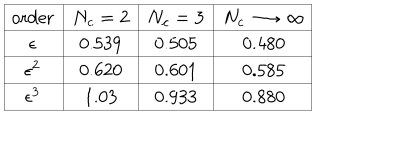
LaTeX: \begin{array} { | c | c | c | c | } \hline { { \mathrm { o r d e r } } } & { { N _ { c } = 2 } } & { { N _ { c } = 3 } } & { { N _ { c } \longrightarrow \infty } } \\ \hline { { \epsilon } } & { { 0 . 5 3 9 } } & { { 0 . 5 0 5 } } & { { 0 . 4 8 0 } } \\ \hline { { \epsilon ^ { 2 } } } & { { 0 . 6 2 0 } } & { { 0 . 6 0 1 } } & { { 0 . 5 8 5 } } \\ \hline { { \epsilon ^ { 3 } } } & { { 1 . 0 3 } } & { { 0 . 9 3 3 } } & { { 0 . 8 8 0 } } \\ \hline { { } } \\ \end{array}